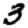
Digit: 3